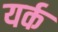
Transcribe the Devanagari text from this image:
यर्क